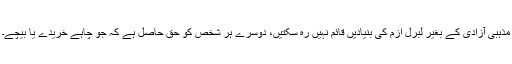
مذہبی آزادی کے بغیر لبرل ازم کی بنیادیں قائم نہیں رہ سکتیں، دوسرے ہر شخص کو حق حاصل ہے کہ جو چاہے خریدے یا بیچے۔